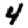
Digit: 4